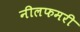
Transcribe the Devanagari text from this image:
नीलफमरी